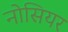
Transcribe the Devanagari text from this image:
नोसियर